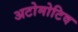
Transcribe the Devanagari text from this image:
अटोमोटिव